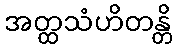
အတ္ထသံဟိတန္တိ